Code of medical and sanitary regulations for the guidance of medical officers serving in the Madras Presidency - Volume I
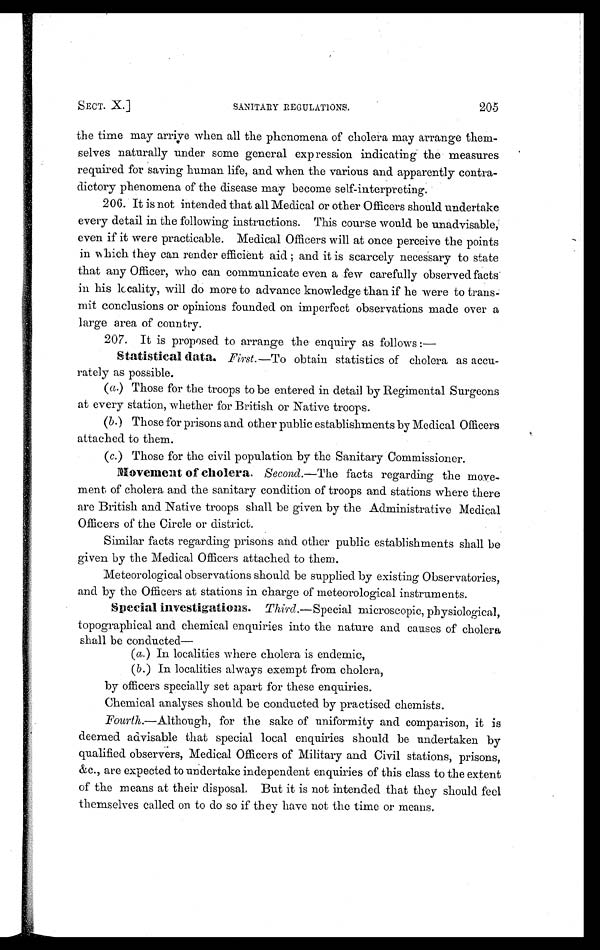
SECT. X.]
SANITARY REGULATIONS.
205
the time may arrive when all the phenomena of cholera may arrange them-
selves naturally under some general expression indicating the measures
required for saving human life, and when the various and apparently contra-
dictory phenomena of the disease may become self-interpreting.
206. It is not intended that all Medical or other Officers should undertake
every detail in the following instructions. This course would be unadvisable,
even if it were practicable. Medical Officers will at once perceive the points
in w Lich they can render efficient aid; and it is scarcely necessary to state
that any Officer, who can communicate even a few carefully observed facts
in his locality, will do more to advance knowledge than if he were to trans-
mit conclusions or opinions founded on imperfect observations made over a
large area of country.
207. It is proposed to arrange the enquiry as follows :—
Statistical data. First. —To obtain statistics of cholera as accu-
rately as possible.
(a.) Those for the troops to be entered in detail by Regimental Surgeons
at every station, whether for British or Native troops.
(b.) Those for prisons and other public establishments by Medical Officers
attached to them.
(c.) Those for the civil population by the Sanitary Commissioner.
Movement of cholera. Second. —The facts regarding the move-
ment of cholera and the sanitary condition of troops and stations where there
are British and Native troops shall be given by the Administrative Medical
Officers of the Circle or district.
Similar facts regarding prisons and other public establishments shall be
given by the Medical Officers attached to them.
Meteorological observations should be supplied by existing Observatories,
and by the Officers at stations in charge of meteorological instruments.
Special investigations. Third.—Special microscopic, physiological,
topographical and chemical enquiries into the nature and causes of cholera
shall be conducted—
(a.) In localities where cholera is endemic,
(b.) In localities always exempt from cholera,
by officers specially set apart for these enquiries.
Chemical analyses should be conducted by practised chemists.
Fourth.—Although, for the sake of uniformity and comparison, it is
deemed advisable that special local enquiries should be undertaken by
qualified observers, Medical Officers of Military and Civil stations, prisons,
&c., are expected to undertake independent enquiries of this class to the extent
of the means at their disposal. But it is not intended that they should feel
themselves called on to do so if they have not the time or means.